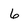
Character: 6